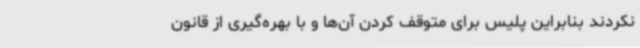
نکردند بنابراین پلیس برای متوقف کردن آن‌ها و با بهره‌گیری از قانون